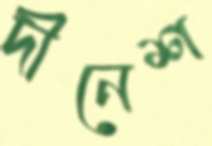
দীনেশ